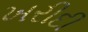
ખરીદી